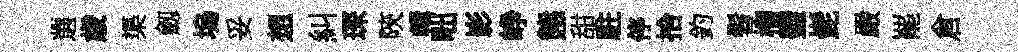
選歳渠劔塢妥想糾琛陝輯咄影峥態甜駐停拾釣髫榴璧髭嚴罷倉